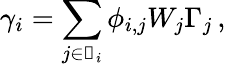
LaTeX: \gamma_{i}=\sum_{j\in\mathscr{s}_{i}}\phi_{i,j}W_{j}\Gamma_{j}\, ,